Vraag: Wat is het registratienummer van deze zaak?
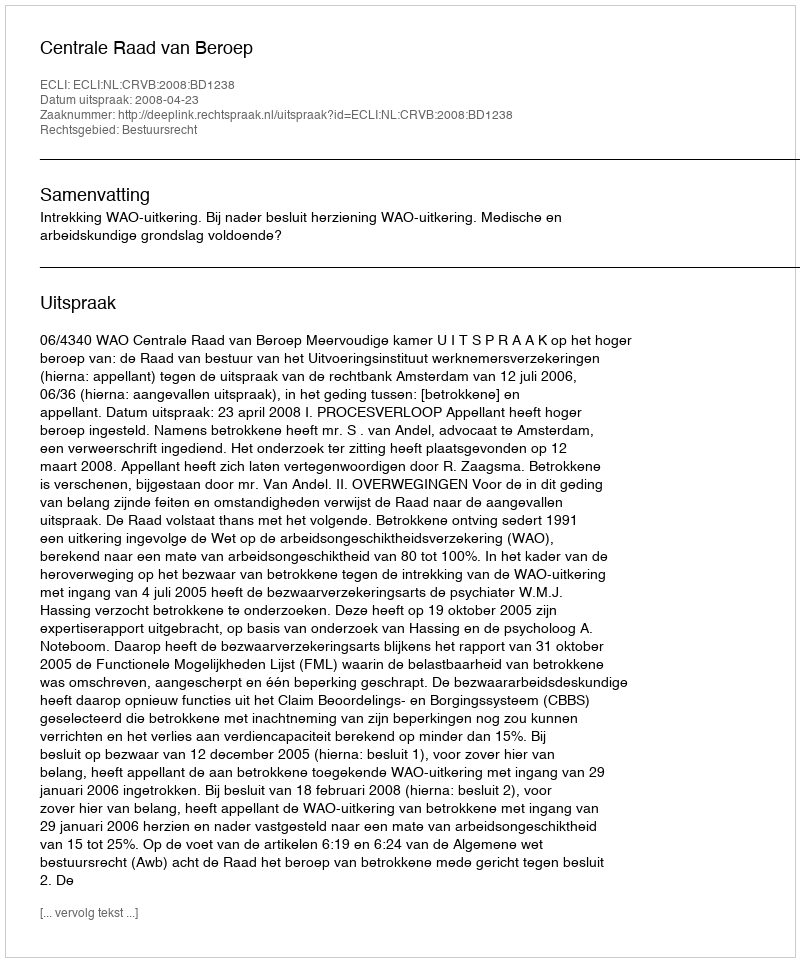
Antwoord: http://deeplink.rechtspraak.nl/uitspraak?id=ECLI:NL:CRVB:2008:BD1238